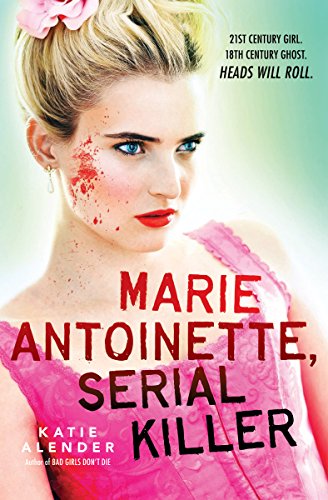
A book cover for Marie Antoinette, Serial Killer; Katie Alender; Teen & Young Adult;